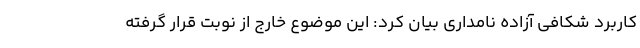
کاربرد شکافی آزاده نامداری بیان کرد: این موضوع خارج از نوبت قرار گرفته